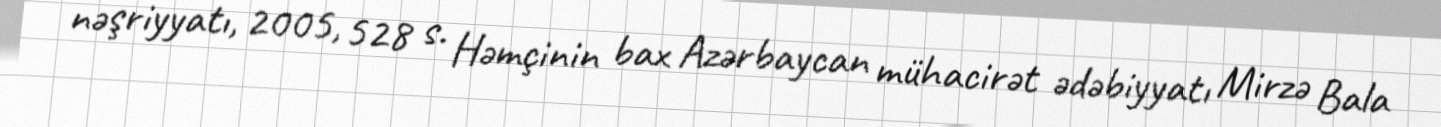
nəşriyyatı, 2005, 528 s. Həmçinin bax Azərbaycan mühacirət ədəbiyyatı Mirzə Bala